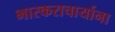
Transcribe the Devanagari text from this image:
भास्कराचार्याना